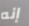
إنه